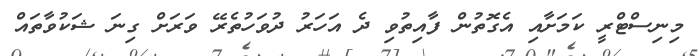
މިނިސްޓްރީ ކަމަށާއި އެގޮތުން ފާއިތުވި ދެ އަހަރު ދުވަހުތެރޭ ވަރަށް ގިނަ ޝަކުވާތައް